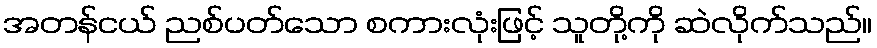
အတန်ငယ် ညစ်ပတ်သော စကားလုံးဖြင့် သူတို့ကို ဆဲလိုက်သည်။